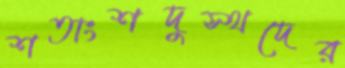
শতাংশদুস্থদের